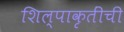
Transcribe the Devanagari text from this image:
शिल्पाकृतींची